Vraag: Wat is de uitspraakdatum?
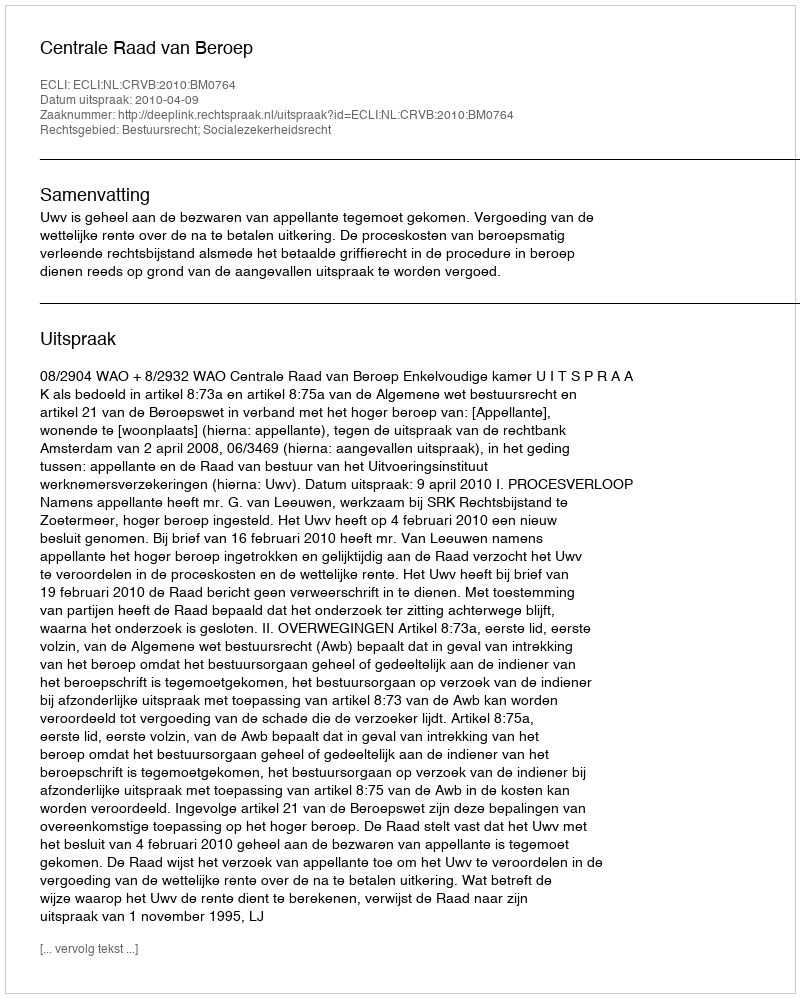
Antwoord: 2010-04-09